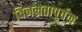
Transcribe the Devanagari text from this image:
विनम्रतापुर्वक